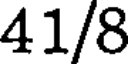
41/8